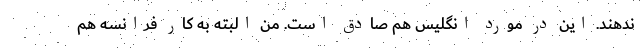
ندهند. این در مورد انگلیس هم صادق است. من البته به کار فرانسه هم